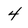
Character: 4